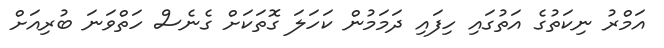
އަމްރު ނިކަތުގެ އަތުގައި ހިފައި ދަމަމުން ކަހަލަ ގޮތަކަށް ގެނެސް ހަތްވަނަ ބުރިއަށް